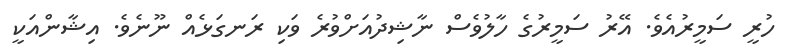
ހުރީ ސަމީރުއެވެ. އޭރު ސަމީރުގެ ހާލުވެސް ނާޝިދުއަށްވުރެ ވަކި ރަނގަޅެއް ނޫނެވެ. އިޝާންއަކީ